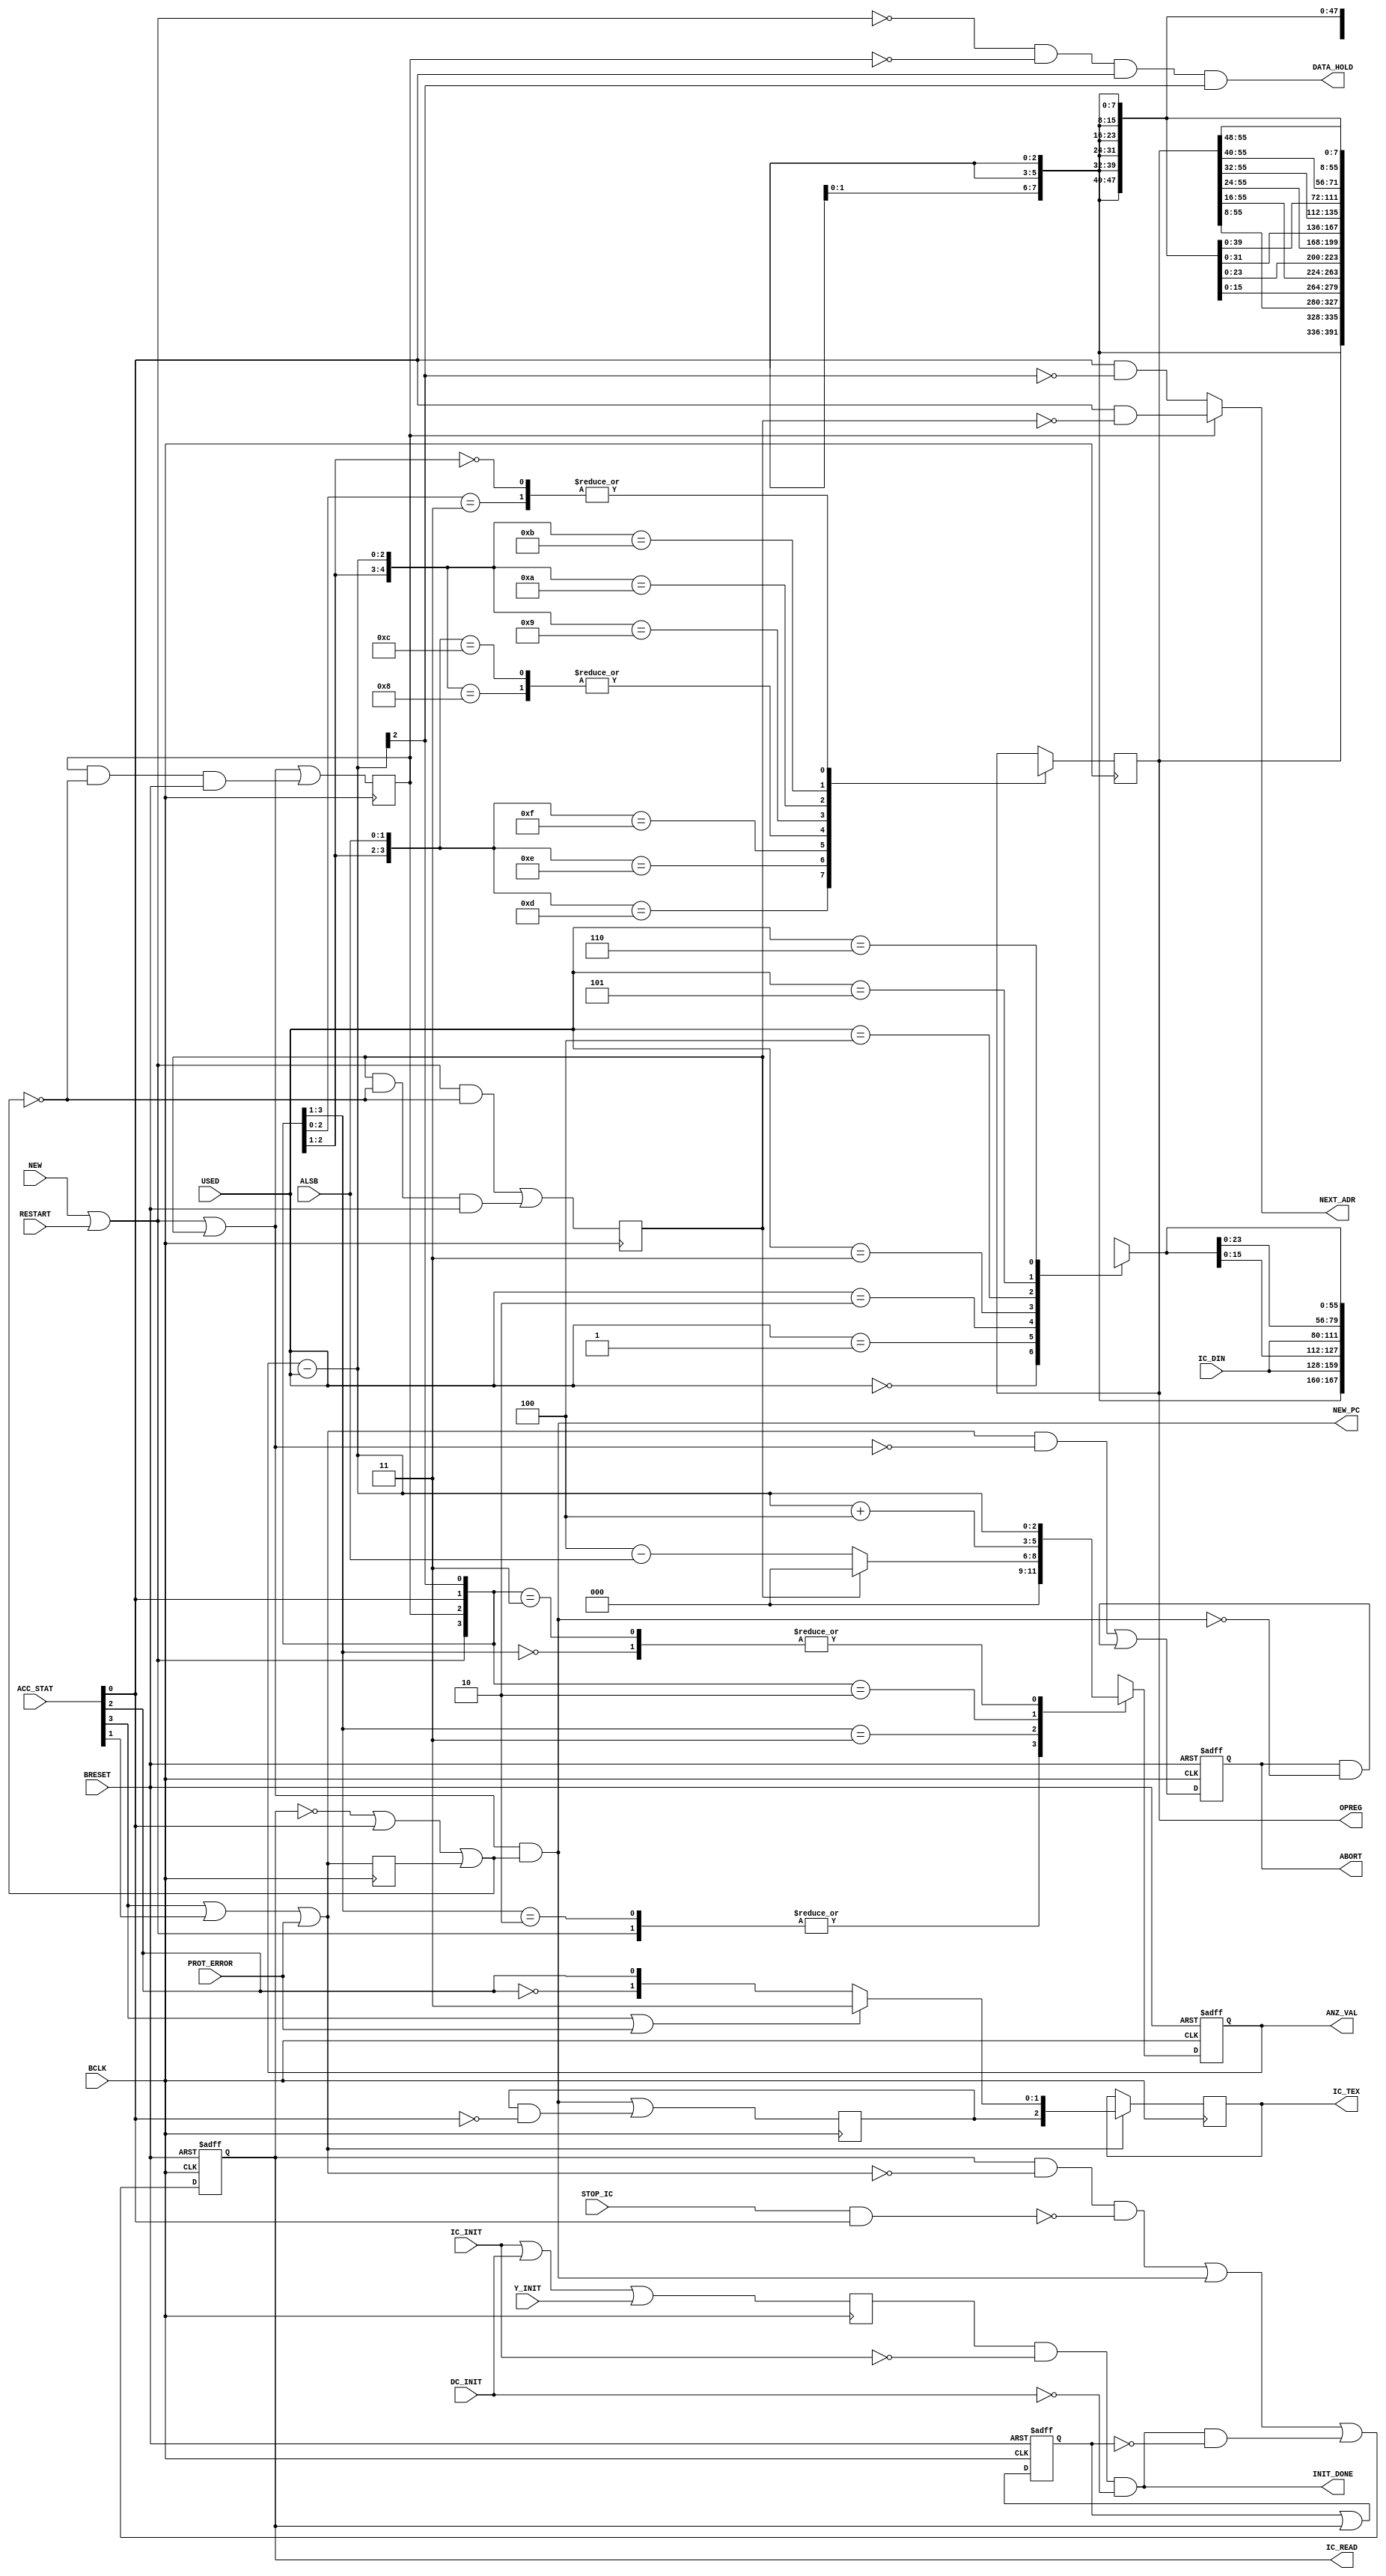
// +++++++++++++++++++++++++++++++++++++++++++++++++++++++++++++++++++++++++++++++++++++++++++++++++
//
// This file is part of the M32632 project
// http://opencores.org/project,m32632
//
//	Version:	2.0
//	History:	1.0 first release of 30 Mai 2015
//
// Copyright (C) 2016 Udo Moeller
// 
// This source file may be used and distributed without 
// restriction provided that this copyright statement is not 
// removed from the file and that any derivative work contains 
// the original copyright notice and the associated disclaimer.
// 
// This source file is free software; you can redistribute it 
// and/or modify it under the terms of the GNU Lesser General 
// Public License as published by the Free Software Foundation;
// either version 2.1 of the License, or (at your option) any 
// later version. 
// 
// This source is distributed in the hope that it will be 
// useful, but WITHOUT ANY WARRANTY; without even the implied 
// warranty of MERCHANTABILITY or FITNESS FOR A PARTICULAR 
// PURPOSE. See the GNU Lesser General Public License for more 
// details. 
// 
// You should have received a copy of the GNU Lesser General 
// Public License along with this source; if not, download it 
// from http://www.opencores.org/lgpl.shtml 
// 
// +++++++++++++++++++++++++++++++++++++++++++++++++++++++++++++++++++++++++++++++++++++++++++++++++
//
//	Modules contained in this file:
//	1. OPDEC_REG 	Central Instruction Register
//	2. PROG_COUNTER	Program Counters
//	3. REG_LIST		Register List Evaluation
//	4. ILL_UNDEF	Illegal and Undefined Opcodes Detection
//	5. GRUPPE_2		Decoder and State Machine for GRUPPE_2 Opcodes
//
// ++++++++++++++++++++++++++++++++++++++++++++++++++++++++++++++++++++++++++++++++++++++++++++++++++

// ++++++++++++++++++++++++++++++++++++++++++++++++++++++++++++++++++++++++++++++++++++++++++++++++++
//
//	1. OPDEC_REG 	Central Instruction Register
//
// ++++++++++++++++++++++++++++++++++++++++++++++++++++++++++++++++++++++++++++++++++++++++++++++++++
module OPDEC_REG ( BCLK, BRESET, NEW, ACC_STAT, PROT_ERROR, ALSB, USED, IC_DIN, IC_INIT, DC_INIT, Y_INIT, RESTART, STOP_IC,
				   OPREG, ANZ_VAL, IC_READ, NEW_PC, NEXT_ADR, DATA_HOLD, ABORT, IC_TEX, INIT_DONE);

	input			BCLK,BRESET;
	input			NEW;		// a program jump took place
	input	 [3:0]	ACC_STAT;	// ICACHE signals data is available or Abort
	input			PROT_ERROR;	// comes direct from ICACHE
	input	 [1:0]	ALSB;		// lower addressbits of access address to ICACHE
	input	 [2:0]	USED;		// Message from DECODER how many bytes were used
	input	[31:0]	IC_DIN;		// ICACHE Data
	input			IC_INIT,DC_INIT,Y_INIT;	// Initialising or new setting is running
	input			RESTART;	// "Break" of Instruction Pipeline - set up new i.e. after load of PSR
	input			STOP_IC;	// For LMR and CINV
	
	output	[55:0]	OPREG;		// this is the Central Opcode Decode Register, length = 7 bytes
	output	 [2:0]	ANZ_VAL;
	output			IC_READ;
	output			NEW_PC;
	output			NEXT_ADR;
	output			DATA_HOLD;
	output			ABORT;
	output	 [2:0]	IC_TEX;
	output			INIT_DONE;
	
	reg		[55:0]	OPREG;
	reg		 [2:0]	ANZ_VAL;
	reg				IC_READ;
	reg				ABORT;
	reg				abort_flag;
	reg		 [2:0]	IC_TEX;
	reg		[55:0]	data_to_ri;
	reg				old_init;
	reg				pre_new;
	reg				new_reg;
	reg				nseq_flag;
	reg				stop_init;
	
	wire	 [2:0]	new_anz;
	wire			new_restart;
	wire			acc_err,acc_ok,acc_ende;
	
	// ++++++++++++++++++++  Evaluation of ACC_STAT from Instructioncache  ++++++++++++++++++++++++++++
	
	// ACC_STAT[3:0] : PROT_ERROR , ABO_LEVEL1 , ABORT , ACC_OK
	
	assign acc_err = ACC_STAT[3] | ACC_STAT[1] | PROT_ERROR;
	assign acc_ok  = ACC_STAT[0];
	
	always @(posedge BCLK or negedge BRESET)	// is kept until DECODER really needs the data !
		if (!BRESET) ABORT <= 1'b0;
		  else ABORT <=  (acc_err & ~(new_restart | pre_new)) | (ABORT & ~NEW_PC);
		  
	always @(posedge BCLK) if (acc_err) IC_TEX <= (ACC_STAT[3] | PROT_ERROR) ? {nseq_flag,2'b11} : {nseq_flag,~ACC_STAT[2],ACC_STAT[2]};
	
	always @(posedge BCLK) nseq_flag <= NEW_PC | (nseq_flag & ~acc_ok);	// for MMU Status Register

	always @(posedge BCLK) abort_flag <= acc_err;
	assign acc_ende = ~IC_READ | acc_ok | abort_flag;	// abort_flag one cycle later is ok ! If no ICache access always end
	
	assign new_restart = NEW | RESTART;	// They are pulses
	
	// Branch work out : NEW/RESTART notice if access still not ended
	always @(posedge BCLK) pre_new <= (new_restart & ~acc_ende) | (pre_new & ~acc_ende & BRESET);
	
	assign NEW_PC = (new_restart | pre_new) & acc_ende;	// At the end of access geenerate new address !
	
	// There are 2 "NEW/RESTART" : "new_restart" combinatorical out of DECODER, "pre_new" out of Register
	always @(posedge BCLK) new_reg <= new_restart | pre_new | (new_reg & ~acc_ende & BRESET);
	
	always @(USED or OPREG)	// Data first shift to the right
		case (USED)
		  3'b000 : data_to_ri = OPREG;
		  3'b001 : data_to_ri =               { 8'hxx, OPREG[55:8]};
		  3'b010 : data_to_ri =             {16'hxxxx,OPREG[55:16]};
		  3'b011 : data_to_ri =          {24'hxx_xxxx,OPREG[55:24]};
		  3'b100 : data_to_ri =        {32'hxxxx_xxxx,OPREG[55:32]};
		  3'b101 : data_to_ri =     {40'hxx_xxxx_xxxx,OPREG[55:40]};
		  3'b110 : data_to_ri =   {48'hxxxx_xxxx_xxxx,OPREG[55:48]};
		  3'b111 : data_to_ri = 56'hxx_xxxx_xxxx_xxxx;
		endcase

	assign new_anz = ANZ_VAL - USED;

	always @(posedge BCLK)
		casex ({new_reg,acc_ok,ALSB,new_anz})	
		  7'b1_100_xxx : OPREG <=        {24'hxx_xxxx,IC_DIN};
		  7'b1_101_xxx : OPREG <=      {32'hxxxx_xxxx,IC_DIN[31:8]};
		  7'b1_110_xxx : OPREG <=   {40'hxx_xxxx_xxxx,IC_DIN[31:16]};
		  7'b1_111_xxx : OPREG <= {48'hxxxx_xxxx_xxxx,IC_DIN[31:24]};
		  7'b0_0xx_xxx : OPREG <= data_to_ri;
		  7'b0_1xx_000 : OPREG <= {24'hxx_xxxx,IC_DIN};
		  7'b0_1xx_001 : OPREG <= {   16'hxxxx,IC_DIN, data_to_ri[7:0]};
		  7'b0_1xx_010 : OPREG <= {      8'hxx,IC_DIN,data_to_ri[15:0]};
		  7'b0_1xx_011 : OPREG <= {            IC_DIN,data_to_ri[23:0]};
		  7'b0_1xx_1xx : OPREG <= data_to_ri;
		endcase
		
	always @(posedge BCLK or negedge BRESET)
		if (!BRESET) ANZ_VAL <= 3'b000;
		  else
			casex ({new_restart,new_reg,acc_ok,new_anz[2]})
			  4'b1x_x_x : ANZ_VAL <= 3'b000;	// hard setting to 0
			  4'b01_0_x : ANZ_VAL <= 3'b000;
			  4'b01_1_x : ANZ_VAL <= pre_new ? 3'b000 : 3'b100 - {1'b0,ALSB};
			  4'b00_0_x : ANZ_VAL <= new_anz;
			  4'b00_1_0 : ANZ_VAL <= new_anz + 3'b100;
			  4'b00_1_1 : ANZ_VAL <= new_anz;
			endcase
		
	assign NEXT_ADR = new_reg ? (acc_ok & ~pre_new) : (acc_ok & ~new_anz[2]);	// switches MUX at PC resp. ICACHE

	// Instruction CACHE Control : READ is coming after all INITs are done
	
	always @(posedge BCLK) old_init <= IC_INIT | DC_INIT | Y_INIT;
	
	assign INIT_DONE = old_init & ~IC_INIT & ~DC_INIT;

	always @(posedge BCLK or negedge BRESET)
		if (!BRESET) stop_init <= 1'b0;
			else stop_init <= stop_init | IC_READ;
			
	// The INIT_DONE should come after Reset. But it comes too at LMR PTB therefore extra enable after Reset !
	always @(posedge BCLK or negedge BRESET)
		if (!BRESET) IC_READ <= 1'b0;
			else IC_READ <= (IC_READ & ~acc_err & ~(STOP_IC & acc_ok)) | NEW_PC | (INIT_DONE & ~stop_init);
	
	// The Opcode-Register can not store the data : keep them in ICACHE at IO-access
	assign DATA_HOLD = ~new_restart & ~new_reg & acc_ok & new_anz[2];
	
endmodule

// ++++++++++++++++++++++++++++++++++++++++++++++++++++++++++++++++++++++++++++++++++++++++++++++++++
//
//	2. PROG_COUNTER	Program Counters
//
// ++++++++++++++++++++++++++++++++++++++++++++++++++++++++++++++++++++++++++++++++++++++++++++++++++
module PROG_COUNTER ( BCLK, BRESET, NEW, LOAD_PC, NEW_PC, NEXT_ADR, NEXT_PCA, DISP, PC_NEW, USED, USER, SAVE_PC, FPU_TRAP,
					  ADIVAR, PC_ARCHI, PC_ICACHE, PC_SAVE, ALSB, IC_USER);

	input			BCLK,BRESET;
	input			NEW;
	input			LOAD_PC;
	input			NEW_PC;
	input			NEXT_ADR;
	input			NEXT_PCA;
	input	[31:0]	DISP;
	input	[31:0]	PC_NEW;
	input	 [2:0]	USED;
	input			USER;
	input			SAVE_PC;
	input			FPU_TRAP;
	input			ADIVAR;
	
	output	[31:0]	PC_ARCHI;	// goes to Datapath
	output	[31:0]	PC_ICACHE;
	output	[31:0]	PC_SAVE;	// is the return address
	output	 [1:0]	ALSB;
	output			IC_USER;
	
	reg		[31:0]	PC_ARCHI;
	reg		[31:0]	pc_adduse;
	reg		[31:0]	pc_ic_reg;
	reg		[31:0]	fpu_trap_pc;
	reg				IC_USER;
	
	wire	[31:0]	branch,pc_jump,pc_icache_i;
	
	assign PC_SAVE = pc_adduse + {29'h0,USED};
	assign branch  = PC_ARCHI + DISP;
	
	assign pc_jump = LOAD_PC ? PC_NEW : branch;
	
	always @(posedge BCLK or negedge BRESET)
		if (!BRESET) pc_adduse <= 32'h0;
		  else
			pc_adduse <= NEW ? pc_jump : PC_SAVE;	// Only at NEW is the DISP correct !
			
	// The Architectur - PC : Address mode "Programm Memory"-relativ
	// no BRESET because NEXT_PCA is immediately valid
	always @(posedge BCLK)
		if (FPU_TRAP) PC_ARCHI <= fpu_trap_pc;	// go back !
		  else
			if (NEXT_PCA) PC_ARCHI <= pc_adduse;
	
	always @(posedge BCLK) if (SAVE_PC) fpu_trap_pc <= PC_ARCHI;	// Special storage for PC for FPU Trap
	
	always @(posedge BCLK or negedge BRESET)
		if (!BRESET) pc_ic_reg <= 32'h0;
		  else
			pc_ic_reg <= pc_icache_i;
		
	// NEW is only one cycle long - but in pc_adduse is the PC stored when ACC_OK is not there and therefore NEW_PC
	// is used to initiate a new access in ICACHE
	assign pc_icache_i = NEW_PC ? (NEW ? pc_jump : pc_adduse) : (NEXT_ADR ? ({pc_ic_reg[31:2],2'b00} + 32'h0000_0004) : pc_ic_reg);
	
	// This MUX is extra for LMR IVAR,... and CINV build in
	assign PC_ICACHE = {(ADIVAR ? PC_NEW[31:4] : pc_icache_i[31:4]),pc_icache_i[3:0]};
	
	assign ALSB = pc_ic_reg[1:0];	// for OPDEC_REG
	
	// The IC_USER flag is allowed to switch synchronously with one cycle delay to PC_ICACHE
	always @(posedge BCLK or negedge BRESET)
		if (!BRESET) IC_USER <= 1'b0;
		  else
			if (NEW_PC) IC_USER <= USER;
	
endmodule

// ++++++++++++++++++++++++++++++++++++++++++++++++++++++++++++++++++++++++++++++++++++++++++++++++++
//
//	3. REG_LIST		Register List Evaluation
//
// ++++++++++++++++++++++++++++++++++++++++++++++++++++++++++++++++++++++++++++++++++++++++++++++++++
module REG_LIST ( DIN, IPOS, INIT, OPOS, VALID);

	// Detects set bits in register list for SAVE/RESTORE & ENTER/EXIT

	input	 [7:0]	DIN;
	input	 [2:0]	IPOS;
	input			INIT;
	output	 [2:0]	OPOS;
	output			VALID;
	
	reg		 [7:1]	filter;
	wire	 [7:0]	mdat_0;
	wire	 [3:0]	mdat_1;

	always @(IPOS or DIN)
		case (IPOS)
		  3'd0 : filter =  DIN[7:1];
		  3'd1 : filter = {DIN[7:2],1'b0};
		  3'd2 : filter = {DIN[7:3],2'b0};
		  3'd3 : filter = {DIN[7:4],3'b0};
		  3'd4 : filter = {DIN[7:5],4'b0};
		  3'd5 : filter = {DIN[7:6],5'b0};
		  3'd6 : filter = {DIN[7]  ,6'b0};
		  3'd7 : filter =           7'b0;
		endcase
		
	assign mdat_0  = INIT ? DIN : {filter,1'b0};
	assign OPOS[2] = (mdat_0[3:0] == 4'h0);
	assign mdat_1  = OPOS[2] ? mdat_0[7:4] : mdat_0[3:0];
	assign OPOS[1] =   (mdat_1[1:0] == 2'b00);
	assign OPOS[0] = ~((mdat_1[2:1] == 2'b10) | mdat_1[0]);
	assign VALID   =   (mdat_1 != 4'b0000);
	
endmodule
		  
// ++++++++++++++++++++++++++++++++++++++++++++++++++++++++++++++++++++++++++++++++++++++++++++++++++
//
//	4. ILL_UNDEF	Illegal and Undefined Opcodes Detection
//
// ++++++++++++++++++++++++++++++++++++++++++++++++++++++++++++++++++++++++++++++++++++++++++++++++++
module ILL_UNDEF (OPREG, ANZ_VAL, USER, CFG, ILL, UNDEF );

	input	[23:0]	OPREG;
	input	 [2:0]	ANZ_VAL;
	input	 [3:1]	CFG;		// 3=CUSTOM,2=MMU,1=FPU
	input			USER;
	
	output	reg		ILL;
	output			UNDEF;

	reg				undef_opc;
	reg				undef_am;
	reg				undef_im;
	
	wire	 [2:0]	valid;
	wire			gen12,gen22,gen13,gen23;
	wire			igen12,igen22,igen13,igen23;
	wire			lsbes;
	
	parameter udef_amode = 5'b10011;	// Undefined Addressing Mode
	parameter imode		 = 5'b10100;	// Immediate Addressing Mode 
	
	// [2]= minimum 3, [1]= minimum 2, [0]=minimum 1
	assign valid = {(ANZ_VAL[2] | (ANZ_VAL[1:0] == 2'b11)),(ANZ_VAL[2:1] != 2'b00),(ANZ_VAL != 3'b000)};
	assign lsbes = (OPREG[1:0] == 2'b10);	// Tag of all 3 Byte opcodes
	
	// +++++++++++++++++++++++++  Detect illegale opcodes  +++++++++++++++++++
	
	always @(OPREG or lsbes or valid or USER)
		casex ({valid[2:1],OPREG[13:2],lsbes})
		  15'bx1_xx_x000_1x10_11_0 : ILL = USER;	// SPRi/LPRi DCR
		  15'bx1_xx_x001_xx10_11_0 : ILL = USER;	// SPRi/LPRi BPC/DSR
		  15'bx1_xx_xx10_xx10_11_0 : ILL = USER;	// SPRi/LPRi CAR/CFG/PSR
		  15'bx1_xx_x101_1x10_11_0 : ILL = USER;	// SPRi/LPRi USP
		  15'bx1_xx_x111_0x10_11_0 : ILL = USER;	// SPRi/LPRi INTBASE
		  15'bx1_xx_x0x1_0111_11_x : ILL = USER & OPREG[0];	// BICPSRW,BISPSRW
		  15'bx1_00_10xx_0000_11_1 : ILL = USER;	// SETCFG - Achtung : is coded as 2 Byte Opcode 
		  15'b1x_00_xxxx_0001_11_1 : ILL = USER;	// LMR/SMR/RDVAL/WRVAL
		  15'b1x_10_01xx_0001_11_1 : ILL = USER;	// CINV
		  default				   : ILL = 1'b0;
		endcase

	// ++++++++++++++++++++++++ Detect Undefined opcodes  +++++++++++++++
	
	always @(OPREG or lsbes or valid or CFG)
		casex ({valid,OPREG[13:2],lsbes})
		  16'bx1x_xx_xxxx_1111_110 : undef_opc = 1'b1;		// Format 3 : xxx1
		  16'bx1x_xx_x100_0111_110 : undef_opc = 1'b1;		// Format 3 : 1000
		  16'b1xx_1x_xxxx_0000_111 : undef_opc = 1'b1;		// Format 5 : 1xxx
		  16'b1xx_01_xxxx_0000_111 : undef_opc = 1'b1;		// Format 5 : 01xx
		  16'b1xx_01_00xx_0100_111 : undef_opc = 1'b1;		// Format 6 : 0100
		  16'b1xx_10_10xx_x100_111 : undef_opc = 1'b1;		// Format 6/7 : 1010
		  16'b1xx_xx_xxxx_x011_111 : undef_opc = ~CFG[1];	// Format 9/11 : FPU Befehle wie MOVif etc. und ADDf etc.
		  16'b1xx_xx_xxxx_1111_111 : undef_opc = ~CFG[1];	// Format 12 : FPU Befehle wie POLYf etc.
		  16'b1xx_x1_xxxx_0001_111 : undef_opc = 1'b1;		// Format 14 : x1xx 
		  16'b1xx_10_00xx_0001_111 : undef_opc = 1'b1;		// Format 14 : 1000
		  16'b1xx_10_1xxx_0001_111 : undef_opc = 1'b1;		// Format 14 : 101x
		  16'b1xx_00_1xxx_0001_111 : undef_opc = ~CFG[2] | ~OPREG[18];	// Format 14 : LMR/SMR
		  16'b1xx_xx_xxxx_x011_011 : undef_opc = ~CFG[3];	// Format 15.1/15.5 : CUSTOM CCV0, CCAL0 etc.
		  16'b1xx_xx_xxxx_0001_011 : undef_opc = 1'b1;		// Format 15.0 - not yet in, requires HW change
		  16'b1xx_xx_xxxx_x1x1_011 : undef_opc = 1'b1;		// Format 15 : rest
		  16'b1xx_xx_xxxx_1001_011 : undef_opc = 1'b1;		// Format 15.4
		// completely undefined :
		  16'bxx1_xx_xxxx_0111_111 : undef_opc = 1'b1;		// Format 10
		  16'bxx1_xx_xxxx_100x_111 : undef_opc = 1'b1;		// Format 13/18
		  16'bxx1_xx_xxxx_x101_111 : undef_opc = 1'b1;		// Format 16/17
		  16'bxx1_xx_xxxx_xxx0_011 : undef_opc = 1'b1;		// Format 19
		  default				   : undef_opc = 1'b0;
		endcase

	// 2. Undefined Addressing mode 5'b10011
	
	assign gen12 = (OPREG[15:11] == udef_amode);
	assign gen22 = (OPREG[10:6]  == udef_amode);
	assign gen13 = (OPREG[23:19] == udef_amode);
	assign gen23 = (OPREG[18:14] == udef_amode);
	
	always @(OPREG or valid or gen12 or gen22 or gen13 or gen23)
		if (valid[2] && (OPREG[7:5] != 3'b000) && (OPREG[3:0] == 4'b1110)) undef_am = gen13 | gen23;	// nearly all 3 Byte opcodes
		  else
		    undef_am = valid[1] & gen12 & (OPREG[1:0] != 2'b10) & ((OPREG[3:2] != 2'b11) & gen22);	// all 2 Byte opcodes
		
	// 3. When is Immediate not allowed ?
	
	assign igen12 = (OPREG[15:11] == imode);
	assign igen22 = (OPREG[10:6]  == imode);
	assign igen13 = (OPREG[23:19] == imode);
	assign igen23 = (OPREG[18:14] == imode);
	
	always @(*)
		casex ({valid[2:1],OPREG[13:2],lsbes})
		  15'bx1_xxxxxx_x0xx11_0 : undef_im =  igen12 & (OPREG[5:4] != 2'b01);	// Format 2 : ADDQD,SPR,Scond
		  15'bx1_xxxxxx_x10111_0 : undef_im =  igen12;		// Format 2 : ACB,MOVQ
		  15'bx1_xxxxx0_011111_0 : undef_im =  igen12;		// Format 3 : CXPD,JUMP,JSR
		  15'bx1_xxxxxx_xxxxx0_0 : undef_im =  igen22;		// Format 4
		  15'bx1_xxxxxx_xxxx01_0 : undef_im = (igen12 & (OPREG[5:4] == 2'b10))	// Format 4 : SRC1 - not ADDR
											 |(igen22 & (OPREG[5:4] != 2'b00)); // Format 4 : SRC2 - CMP
		  15'b1x_xxxxxx_x10011_1 : undef_im =  igen23;		// Format 6+7
		  15'b1x_xxx0xx_0x1011_1 : undef_im =  igen13 | igen23;	// Format 8 EXT,CVTP
		  15'b1x_xxx0xx_101011_1 : undef_im =  igen23;		// Format 8 : INS
		  15'b1x_xxx0xx_111011_1 : undef_im =  igen13;		// Format 8 : CHECK
		  15'b1x_xxx1xx_101011_1 : undef_im =  igen13 | igen23;	// Format 8 MOVUS,MOVSU
		  15'b1x_xxx1xx_011011_1 : undef_im =  igen23;		// Format 8 : FFS
		  15'b1x_xxxxxx_001111_1 : undef_im =  igen23;		// Format 9
		  15'b1x_xxxxxx_101111_1 : undef_im =  igen23 & (OPREG[13:10] != 4'h2);	// Format 10 without CMPf
		  15'b1x_010xxx_111111_1 : undef_im =  igen23;		// Format 12 SCALB+LOGB
		  15'b1x_000xxx_000111_1 : undef_im =  igen13;		// Format 14 RDVAL+WRVAL
		  15'b1x_0011xx_000111_1 : undef_im =  igen13;		// Format 14 SMR
		  default				 : undef_im = 1'b0;
		endcase
		
	// Final Message :
	
	assign UNDEF = undef_opc | undef_am | undef_im;
	
endmodule

// ++++++++++++++++++++++++++++++++++++++++++++++++++++++++++++++++++++++++++++++++++++++++++++++++++
//
//	5. GRUPPE_2		Decoder and State Machine for GRUPPE_2 Opcodes
//
// ++++++++++++++++++++++++++++++++++++++++++++++++++++++++++++++++++++++++++++++++++++++++++++++++++
module GRUPPE_2 ( BCLK, PHASE_0, OPREG, PHASE, SRC_1, SRC_2, REGA1, REGA2, IRRW1, IRRW2, ADRD1, ADRD2, EXR12, EXR22,
				  PHRD1, PHRD2, NXRD1, NXRW2, ACCA, OPERA,
				  STATE_0, STATE_GROUP_50, STATE_GROUP_60 );


	input			BCLK,PHASE_0;
	input	[18:0]	OPREG;
	input	 [3:0]	PHASE;	// nur die 4 LSBs
	// Source 1 & 2 Inputs
	input	 [6:0]	SRC_1,SRC_2,REGA1,REGA2,IRRW1,IRRW2;
	input	[18:0]	ADRD1,ADRD2,EXR12,EXR22;
	input	 [3:0]	PHRD1,PHRD2;
	input	 [3:0]	NXRD1,NXRW2;
	input	 [3:0]	ACCA;	// ACCA = Access type :	0x Register
							//	[3:2] or [1:0]		10 Memory
							//						11 Memory + Index
	input	[10:0]	OPERA;

	output	[66:0]	STATE_0;
	output	[66:0]	STATE_GROUP_50,STATE_GROUP_60;
	
	reg		[66:0]	STATE_GROUP_50,STATE_GROUP_60;
	reg		[66:0]	STATE_0,state_50,state_53,state_54,state_55,state_58,state_59,state_5A;
	reg		 [4:0]	op_code,op_reg_reg;
	reg		 [7:0]	phsrc1,phsrc2;
	reg		 [5:0]	chkreg;
	reg		 [1:0]	bwdreg;
	reg				tbit_flag,size_dw;
	reg				inss_flag;
	reg				ext_tos;
	
	wire	[18:0]	exoffset,re_wr,rexwr;
	wire	[10:0]	op_kust,op_bwd;
	wire	 [7:0]	phchk;
	wire	 [4:0]	op_reg;
	wire	 [6:0]	src_1l,src_2l;
	wire	 [5:0]	dest_2;
	wire	 [3:0]	get8b_s,get8b_d;
	wire	 [6:0]	rd_reg;
	wire	[10:0]	op_zext;
	wire	 [3:0]	imdi;
	
	parameter dont_care	= 67'hx_xxxx_xxxx_xxxx_xxxx;
	// Address-Field : Size:2 RD WR LDEA FULLACC INDEX:4 SPUPD disp_val:4 POST CLRMSW SRC2SEL:2
	parameter addr_nop	= 19'h0;	// alle Parameter auf 0
	parameter disp2ea	= 19'bxx_0010_0000_0_0000_0010;	// pass DISP
	parameter case_op	= 19'bxx_0010_1000_0_0000_0001;	// SRC1 add to PC_ARCHI
	parameter read_byb	= 19'b00_1011_11xx_0_0000_0011;	// read of SRC2 for Bit opcodes
	parameter exr11		= {2'b10  ,4'b1011,4'h0 ,9'h080};	// 2. access External with Mem.-Pointer + 4* Disp
	parameter adrcvtp	= 19'bxx_0010_0111_0_0000_0000;	// for CVTP
	parameter addone	= 19'bxx_0010_0100_0_0000_0000;	// for INDEX : SRC1 + SRC2 , simple Add without Flags
	parameter addind	= 19'bxx_0010_0100_0_0000_0011;	// for INDEX : SRC1 + EA
	parameter src_x		= 7'hxx;
	parameter dest_x	= 6'hxx;
	parameter imme		= {1'b1,6'hxx};
	parameter F0		= 7'h20;
	parameter F0_h		= 7'h21;
	parameter w_F0		= 6'h20;
	parameter w_F0_h	= 6'h21;
	parameter temp_l	= 6'h3C;
	parameter temp_h	= 6'h3D;	// Second last place for 8B TEMP Register
	parameter temp_1	= 6'h3E;
	parameter rtmpl		= 7'h3C;
	parameter rtmph		= 7'h3D;
	parameter rtmp1		= 7'h3E;
	parameter op_mov	= {3'bx1x,8'h45};
	parameter op_adr	= {3'bx1x,8'h49};
	parameter op_addl	= {3'b01x,8'hB0};
	parameter op_addf	= {3'b11x,8'hB0};
	parameter op_mull	= {3'b01x,8'hBC};
	parameter op_mulf	= {3'b11x,8'hBC};
	parameter op_stpr	= {3'b11x,8'h54};	// Special-Op for String opcodes
	parameter op_lsh	= {3'b011,8'h65};	// EXT : shift to right : DOUBLE !
	parameter op_msk	= {3'b011,8'h80};	// reuse of EXT Opcode at INS !
	parameter op_mul	= {3'b011,8'h78};	// INDEX
	parameter op_rwv	= {3'bx1x,8'hE0};	// RDVAL+WRVAL

	always @(OPREG)	// whether the Opcode is valid is decided in DECODER !
	  casex (OPREG[13:0])
		14'bxx_xxxx_1111_1110 : op_code = {3'b011,OPREG[10],OPREG[8]};	// DOT/POLY
		14'b00_0xxx_0000_1110 : op_code = 5'b1_0000;	// MOVS/CMPS
		14'b00_11xx_0000_1110 : op_code = 5'b1_0000;	// SKPS
		14'b00_0xxx_1100_1110 : op_code = 5'b1_0001;	// MOVM/CMPM
		14'bxx_xx10_0111_11xx : op_code = 5'b1_0010;	// JUMP/JSR
		14'bxx_x111_0111_11xx : op_code = 5'b1_0011;	// CASE
		14'bxx_xxxx_xx11_010x : op_code = 5'b1_0100;	// TBIT
		14'bxx_xxxx_xx11_0111 : op_code = 5'b1_0100;	// TBIT
		14'b0x_1xxx_0100_1110 : op_code = 5'b1_0100;	// CBIT/SBIT
		14'b11_10xx_0100_1110 : op_code = 5'b1_0100;	// IBIT
		14'b00_11xx_1100_1110 : op_code = 5'b1_0101;	// EXTS
		14'b10_x1xx_1100_1110 : op_code = 5'b1_0111;	// DEI/MEI
		14'bxx_x0xx_1110_1110 : op_code = 5'b1_1000;	// CHECK
		14'bxx_x0xx_0010_1110 : op_code = 5'b1_1010;	// EXT
		14'bxx_x0xx_1010_1110 : op_code = 5'b1_1011;	// INS
		14'b00_10xx_1100_1110 : op_code = 5'b1_1011;	// INSS, the same like INS !
		14'bxx_x0xx_0110_1110 : op_code = 5'b1_1100;	// CVTP
		14'bxx_x1xx_0010_1110 : op_code = 5'b1_1101;	// INDEX
		14'bxx_x000_0111_11xx : op_code = 5'b1_1110;	// CXPD
		14'b00_0xxx_0001_1110 : op_code = 5'b1_1111;	// RDVAL+WRVAL
		default				  : op_code = 5'b00_xxx;
	  endcase
	
	always @(posedge BCLK) if (PHASE_0) op_reg_reg <= op_code;
	assign op_reg = PHASE_0 ? op_code : op_reg_reg;
	
	always @(PHRD1)	// recode of States
	  casex (PHRD1)
		 4'h5 : phsrc1 = 8'h51;
		 4'h6 : phsrc1 = 8'h52;
		 4'hB : phsrc1 = 8'h53;	// ok, is in default ...
	  default : phsrc1 = 8'h53;
	  endcase
	  
	assign get8b_s = (PHRD1 == 4'hB) ? 4'hC : 4'h0;	// Special case 8B Immeadiate, is used in State 53
	
	always @(PHRD2)	// recode of States
	  casex (PHRD2)
		 4'h5 : phsrc2 = 8'h56;
		 4'h6 : phsrc2 = 8'h57;
		 4'hB : phsrc2 = 8'h58;	// ok, is in default ...
	  default : phsrc2 = 8'h58;
	  endcase
	  
	assign get8b_d = (PHRD2 == 4'hB) ? 4'hC : 4'h0;	// Special case 8B Immeadiate, is used in State 58
	
	assign src_1l = {SRC_1[6:1],1'b0};
	assign src_2l = {SRC_2[6:1],~SRC_2[0]};	// used only for DEI and MEI 
	assign dest_2 =  SRC_2[5:0];
	
	assign phchk = {7'b0101_010,size_dw};	// Phase 54 or 55
	
	assign op_kust = {1'bx,OPERA[9:8],8'h7A};	// Special-Opcode for MOVM/CMPM
	assign op_bwd  = {1'bx,OPERA[9:8],8'h45};	// for CASE and Bit opcodes
	
	assign re_wr   = {EXR22[18:17],4'b0101,4'h0, 9'h003};	// REUSE Address : Write of rmw , top 2 Bits contain size

	always @(posedge BCLK) if (PHASE_0) ext_tos <= (OPREG[18:14] == 5'h17);	// TOS Address mode
	assign rexwr   = {EXR22[18:17],4'b0101,4'h0, ext_tos, 8'h03};	// REUSE Address : Write of rmw , only for EXT and EXTS
	
	always @(posedge BCLK) tbit_flag <= ~OPERA[1];	// due to Timing ...
	always @(posedge BCLK) size_dw	 <=  OPERA[9];

	always @(posedge BCLK) if (PHASE_0) chkreg <= {3'b000,OPREG[13:11]};	// for CHECK
	assign rd_reg = (PHASE_0) ? {4'b0,OPREG[13:11]} : {1'b0,chkreg};	// for read operation at EXT/INS
	
	always @(posedge BCLK) if (PHASE_0) bwdreg <= OPREG[9:8];		// only for INS/INSS !
	assign op_zext = {1'bx,(PHASE_0 ? OPREG[9:8] : bwdreg),8'h76};
	
	always @(posedge BCLK) if (PHASE_0) inss_flag <= OPREG[6];	// Difference INSS to INS
	assign imdi = inss_flag ? 4'h8 : 4'hE;	// read Immediate or Displacement
	assign exoffset = inss_flag ? 19'b10_1011_0000_0_0000_0011 	// Read of SRC2 at INSS
								: 19'b10_1011_1100_0_0000_0011;	// Read of SRC1+Offset at EXT, SRC2+Offset at INS 
	
	always @(*)
	  casex (op_reg) 
		5'b1_0000 :	// MOVS Phase 0 : Entry 1. Pointer "in Page"-test prepare, 2. test for R0=0 , then jump to x'C0
			begin
			  STATE_0  = {	 addr_nop,8'h67, 7'h01, 7'h02, 1'b0,dest_x,op_stpr,	2'b00,2'b00,4'h0  };	// String-Pointer prepare
			  state_50 = dont_care;
			  state_53 = dont_care;
			  state_54 = dont_care;
			  state_55 = dont_care;
			  state_58 = dont_care;
			  state_59 = dont_care;
			  state_5A = dont_care;
			end
		5'b1_0001 :	// MOVM Phase 0 : Entry with test for R0=0 , then jump to x'C0
			begin
			  STATE_0  = {   ADRD1,   phsrc1,src_x, REGA1, 1'b0,dest_x,op_mov,  2'b00,2'b00,NXRD1 };
			  state_50 = {   ADRD1,   phsrc1,IRRW1, REGA1, 1'b0,dest_x,op_mov,  2'b00,2'b00,NXRD1 };
			  state_53 = {   ADRD2,   phsrc2,IRRW2, REGA2, 1'b1,temp_h,op_adr,  2'b00,2'b00,NXRW2 };
			  state_54 = dont_care;
			  state_55 = dont_care;
			  state_58 = {	 disp2ea, 8'h65, src_x, src_x, 1'b1,temp_1,op_adr,  2'b00,2'b00,4'b1110 };	// Read of DISP for count
			  state_59 = {	 addr_nop,8'h67, rtmph, rtmp1, 1'b0,dest_x,op_stpr,	2'b00,2'b00,4'h0  };	// String-Pointer prepare
			  state_5A = dont_care;
			end
		5'b1_0010 :	// JUMP/JSR
			begin
			  STATE_0  = {   ADRD1,   phsrc1,src_x, REGA1, 1'b0,dest_x,op_mov,  2'b00,2'b00,NXRD1 };
			  state_50 = {   ADRD1,   phsrc1,IRRW1, REGA1, 1'b0,dest_x,op_mov,  2'b00,2'b00,NXRD1 };
			  state_53 = {   addr_nop,8'h66, src_x, src_x, 1'b1,temp_h,op_adr,  2'b00,2'b00,4'h0  };
			  state_54 = dont_care;
			  state_55 = dont_care;
			  state_58 = dont_care;
			  state_59 = dont_care;
			  state_5A = dont_care;
			end
		5'b1_1110 :	// CXPD
			begin
			  STATE_0  = {   ADRD1,   phsrc1,src_x, REGA1, 1'b0,dest_x,op_mov,  2'b00,2'b00,NXRD1 };
			  state_50 = {   ADRD1,   phsrc1,IRRW1, REGA1, 1'b0,dest_x,op_mov,  2'b00,2'b00,NXRD1 };
			  state_53 = {   addr_nop,8'h6B, imme,  src_x, 1'b1,temp_h,op_mov,  2'b00,2'b00,4'h0  };
			  state_54 = dont_care;
			  state_55 = dont_care;
			  state_58 = dont_care;
			  state_59 = dont_care;
			  state_5A = dont_care;
			end
		5'b1_1111 :	// RDVAL+WRVAL
			begin
			  STATE_0  = {   ADRD1,   phsrc1,src_x, REGA1, 1'b0,dest_x,op_mov,  2'b00,2'b00,NXRD1 };
			  state_50 = {   ADRD1,   phsrc1,IRRW1, REGA1, 1'b0,dest_x,op_mov,  2'b00,2'b00,NXRD1 };
			  state_53 = {   addr_nop,8'h00, src_x, src_x, 1'b0,dest_x,op_rwv,  2'b00,2'b10,4'h0  };	// LD_OUT set because of "F"
			  state_54 = dont_care;
			  state_55 = dont_care;
			  state_58 = dont_care;
			  state_59 = dont_care;
			  state_5A = dont_care;
			end
		5'b1_0011 :	// CASE
			begin
			  STATE_0  = ACCA[3] ?		// _M...
						 {   ADRD1,   phsrc1,src_x, REGA1, 1'b0,dest_x,op_mov,  2'b00,2'b00,NXRD1 }
					   : {	 case_op, 8'h54, SRC_1, src_x, 1'b0,dest_x,op_bwd,	2'b00,2'b00,4'h0  };
			  state_50 = {   ADRD1,   phsrc1,IRRW1, REGA1, 1'b0,dest_x,op_mov,  2'b00,2'b00,NXRD1 };	// only one operand in mem.
			  state_53 = {   case_op, 8'h54, imme,  src_x, 1'b0,dest_x,op_bwd,	2'b00,2'b00,4'h0  };
			  state_54 = {   addr_nop,8'h66, src_x, src_x, 1'b1,temp_h,op_adr,  2'b00,2'b00,4'h0  };
			  state_55 = dont_care;
			  state_58 = dont_care;
			  state_59 = dont_care;
			  state_5A = dont_care;
			end
		5'b1_0100 : // all Bit opcodes with Bit in memory. RMW Test in Phase x'59 = Special case, otherwise x'58
			begin
			  STATE_0  = ACCA[3] ?		// _M...
						 {   ADRD1,   phsrc1,src_x, REGA1, 1'b0,dest_x,op_mov,  2'b00,2'b00,NXRD1 }
					   : {	 addr_nop,8'h54, SRC_1, src_x, 1'b1,temp_h,op_mov,	2'b00,2'b00,4'h0  };
			  state_50 = ACCA[3] ?		// _M...
						 {   ADRD1,   phsrc1,IRRW1, REGA1, 1'b0,dest_x,op_mov,  2'b00,2'b00,NXRD1 }
					   : {	 addr_nop,8'h54, SRC_1, src_x, 1'b1,temp_h,op_mov,	2'b00,2'b00,4'h0  };
			  state_53 = {   addr_nop,8'h54, imme,  src_x, 1'b1,temp_h,op_mov,	2'b00,2'b00,4'h0  };
			  state_54 = {	 ADRD2,   phsrc2,IRRW2, REGA2, 1'b0,dest_x,op_mov,  2'b00,2'b00,NXRW2 };	// here SRC1 => TEMP_H
			  state_55 = dont_care;
			  state_58 = {	 read_byb,8'h59, rtmph, src_x, 1'b0,dest_x,op_bwd,	2'b00,2'b00,4'h1  };	// next read of Byte
			  state_59 = tbit_flag ?
						 {	 addr_nop,8'h00, src_x, imme,  1'b0,dest_x,OPERA,	2'b00,2'b10,4'h0  }		// TBIT end
					   : {	 re_wr,   8'h27, src_x, imme,  1'b0,dest_x,OPERA,	2'b00,2'b10,4'h1  };	// CBIT/SBIT/IBIT end
			  state_5A = dont_care;
			end
		5'b1_0101 : // EXTS : BASE Operand => TEMP, calculate address of Destination
			begin
			  STATE_0  = ACCA[3] ?		// _M...
						 {   ADRD1,   phsrc1,src_x, REGA1, 1'b0,dest_x,op_mov,  2'b00,2'b00,NXRD1 }
					   : {	 addr_nop,8'h54, SRC_1, src_x, 1'b1,temp_h,op_mov,	2'b00,2'b00,4'h0  };
			  state_50 = ACCA[3] ?		// _M...
						 {   ADRD1,   phsrc1,IRRW1, REGA1, 1'b0,dest_x,op_mov,  2'b00,2'b00,NXRD1 }
					   : {	 addr_nop,8'h54, SRC_1, src_x, 1'b1,temp_h,op_mov,	2'b00,2'b00,4'h0  };
			  state_53 = {   addr_nop,8'h54, imme,  src_x, 1'b1,temp_h,op_mov,	2'b00,2'b00,4'h0  };
			  state_54 = ACCA[1] ?
						 {	 ADRD2,   phsrc2,IRRW2, REGA2, 1'b0,dest_x,op_mov,  2'b00,2'b00,NXRW2 }		// here Adr(DEST) => EA
					   : {	 addr_nop,8'h59, src_x, src_x, 1'b0,dest_x,op_mov,	2'b00,2'b00,4'h8  };	// 1 Byte Immediate read
			  state_55 = dont_care;
			  state_58 = {	 addr_nop,8'h59, src_x, src_x, 1'b0,dest_x,op_mov,	2'b00,2'b00,4'h8  };	// 1 Byte Immediate read
			  state_59 = ACCA[1] ?		// _..M.
						 {	 rexwr,   8'h27, imme,  rtmph, 1'b0,dest_x,OPERA,	2'b00,2'b10,4'h1  }		// result in memory
					   : {	 addr_nop,8'h00, imme,  rtmph, 1'b1,dest_2,OPERA,	2'b00,2'b00,4'h0  };	// result in Register
			  state_5A = dont_care;
			end
		5'b1_1010 : // EXT : BASE Operand => TEMP, calculate address of Destination
			begin
			  STATE_0  = ACCA[3] ?		// _M...
						 {   ADRD1,   phsrc1,src_x, REGA1, 1'b0,dest_x,op_mov,  2'b00,2'b00,NXRD1 }
					   : {	 addr_nop,8'h54, SRC_1, src_x, 1'b1,temp_h,op_mov,	2'b00,2'b00,4'h0  };
			  state_50 = ACCA[3] ?		// _M...
						 {   ADRD1,   phsrc1,IRRW1, REGA1, 1'b0,dest_x,op_mov,  2'b00,2'b00,NXRD1 }
					   : {	 addr_nop,8'h54, SRC_1, src_x, 1'b1,temp_h,op_mov,	2'b00,2'b00,4'h0  };
			  state_53 = {   addr_nop,8'h55, src_x, src_x, 1'b0,dest_x,op_mov,	2'b00,2'b00,4'h0  };	// Addr => EA Reg
			  state_54 = ACCA[1] ?
						  ( ACCA[3] ?
						    {addr_nop,8'h5A, imme,  src_x, 1'b1,temp_h,op_mov,	2'b00,2'b00,4'h0  }
						   :{ADRD2,   phsrc2,IRRW2, REGA2, 1'b0,dest_x,op_mov,	2'b00,2'b00,NXRW2 }	)	// here Adr(DEST) => EA
					   : {	 addr_nop,8'h59, rd_reg,(ACCA[3] ? imme : rtmph), 
														   1'b1,temp_h,op_lsh,	2'b00,2'b00,4'hE  };	// Displacement read
			  state_55 = {   exoffset,8'h54, rd_reg,src_x, 1'b0,dest_x,op_mov,	2'b00,2'b00,4'h1  };	// Read Source, EA reuse
			  state_58 = {	 addr_nop,8'h59, rd_reg,rtmph, 1'b1,temp_h,op_lsh,	2'b00,2'b00,4'hE  };	// Displacement read
			  state_59 = ACCA[1] ?		// _..M.
						 {	 rexwr,   8'h27, src_x, rtmph, 1'b0,dest_x,OPERA,	2'b00,2'b10,4'h1  }		// result in memory
					   : {	 addr_nop,8'h00, src_x, rtmph, 1'b1,dest_2,OPERA,	2'b00,2'b00,4'h0  };	// result in Register
			  state_5A = {	 ADRD2,   phsrc2,IRRW2, REGA2, 1'b0,dest_x,op_mov,	2'b00,2'b00,NXRW2 };	// special case Mem-Mem
			end
		5'b1_1011 : // INS/INSS : BASE Operand => TEMP, SRC2 read as Double ! RMW not tested (Phase x'6A) but uncritical
			begin
			  STATE_0  = ACCA[3] ?		// _M...
						 {   ADRD1,   phsrc1,src_x, REGA1, 1'b0,dest_x,op_mov,  2'b00,2'b00,NXRD1 }
					   : {	 addr_nop,8'h54, SRC_1, src_x, 1'b1,temp_h,op_zext, 2'b00,2'b00,4'h0  };
			  state_50 = ACCA[3] ?		// _M...
						 {   ADRD1,   phsrc1,IRRW1, REGA1, 1'b0,dest_x,op_mov,  2'b00,2'b00,NXRD1 }
					   : {	 addr_nop,8'h54, SRC_1, src_x, 1'b1,temp_h,op_zext, 2'b00,2'b00,4'h0  };
			  state_53 = {   addr_nop,8'h54, imme,  src_x, 1'b1,temp_h,op_zext, 2'b00,2'b00,4'h0  };	// zext(SRC1) => TEMP
			  state_54 = ACCA[1] ?
						 {	 ADRD2,   phsrc2,IRRW2, REGA2, 1'b0,dest_x,op_mov,	2'b00,2'b00,NXRW2 }		// here Adr(DEST) => EA
					   : {	 addr_nop,8'h5A, SRC_2, src_x, 1'b1,temp_l,op_mov,	2'b00,2'b00,imdi  };	// Imme./Disp. read
			  state_55 = {   exoffset,8'h6A, rd_reg,src_x, 1'b0,dest_x,op_mov,	2'b00,2'b00,4'h1  };	// Read Source, EA reuse
			  state_58 = {	 addr_nop,8'h55, src_x, src_x, 1'b0,dest_x,op_mov,	2'b00,2'b00,4'h0  };	// 
			  state_59 = ACCA[1] ?		// _..M.
						 {	 re_wr,   8'h27, rtmph, rtmpl, 1'b0,dest_x,OPERA,	2'b00,2'b10,4'h1  }		// result in memory
					   : {	 addr_nop,8'h00, rtmph, rtmpl, 1'b1,dest_2,OPERA,	2'b00,2'b00,4'h0  };	// result in Register
			  state_5A = {	 addr_nop,8'h68, imme,  src_x, 1'b1,temp_1,op_msk,	2'b00,2'b00,4'h0  };	// Mask generate
			end
		5'b1_1101 : // INDEX : 
			begin
			  STATE_0  = ACCA[3] ?		// _M...
						 {   ADRD1,   phsrc1,src_x, REGA1, 1'b0,dest_x,op_mov,  2'b00,2'b00,NXRD1 }
					   : {	 addr_nop,8'h54, SRC_1, src_x, 1'b1,temp_h,op_zext, 2'b00,2'b00,4'h0  };
			  state_50 = ACCA[3] ?		// _M...
						 {   ADRD1,   phsrc1,IRRW1, REGA1, 1'b0,dest_x,op_mov,  2'b00,2'b00,NXRD1 }
					   : {	 addr_nop,8'h54, SRC_1, src_x, 1'b1,temp_h,op_zext, 2'b00,2'b00,4'h0  };
			  state_53 = {   addr_nop,8'h54, imme,  src_x, 1'b1,temp_h,op_zext, 2'b00,2'b00,4'h0  };	// zext(SRC1) => TEMP_H
			  state_54 = ACCA[1] ?
						 {	 ADRD2,   phsrc2,IRRW2, REGA2, 1'b0,dest_x,op_mov,	2'b00,2'b00,NXRW2 }		// zext(SRC2) => TEMP_L
					   : {	 addr_nop,8'h55, SRC_2, src_x, 1'b1,temp_l,op_zext, 2'b00,2'b00,4'h0  };
			  state_55 = {   addr_nop,8'h5A, rd_reg,rtmph, 1'b1,temp_h,op_mul,	2'b00,2'b00,4'h0  };	// Multiplication
			  state_58 = {	 addr_nop,8'h55, imme,  src_x, 1'b1,temp_l,op_zext, 2'b00,2'b00,4'h0  };	// 
			  state_59 = {	 addind,  8'h60, rtmpl, src_x, 1'b0,dest_x,op_mov,	2'b00,2'b00,4'h0  };	// Add of Index in EA
			  state_5A = {	 addone,  8'h59, rd_reg,rtmph, 1'b0,dest_x,op_mov,	2'b00,2'b00,4'h0  };	// Add of EA (=+1)
			end
		5'b1_0111 :	// DEI + MEI , both read 8B from DEST ! RMW critical !
			begin
			  STATE_0  = ACCA[3] ?		// _M...
						 {   ADRD1,   phsrc1,src_x, REGA1, 1'b0,dest_x,op_mov,  2'b00,2'b00,NXRD1 }
					   : {	 addr_nop,8'h54, SRC_1, src_x, 1'b1,temp_h,op_mov,	2'b00,2'b00,4'h0  };
			  state_50 = ACCA[3] ?		// _M...
						 {   ADRD1,   phsrc1,IRRW1, REGA1, 1'b0,dest_x,op_mov,  2'b00,2'b00,NXRD1 }
					   : {	 addr_nop,8'h54, SRC_1, src_x, 1'b1,temp_h,op_mov,	2'b00,2'b00,4'h0  };
			  state_53 = {   addr_nop,8'h54, imme,  src_x, 1'b1,temp_h,op_mov,	2'b00,2'b00,4'h0  };
			  state_54 = ACCA[1] ?
						 {	 ADRD2,   phsrc2,IRRW2, REGA2, 1'b0,dest_x,op_mov,  2'b00,2'b00,NXRW2 }		// here SRC1 => TEMP_H
					   : {	 addr_nop,8'h59, rtmph, SRC_2, 1'b0,dest_x,OPERA,	2'b01,2'b00,4'h0  };	// 1. part of Register
			  state_55 = dont_care;
			  state_58 = size_dw ?
						 {	 addr_nop,8'h59, rtmph, imme,  1'b0,dest_x,OPERA,	2'b01,2'b00,4'h0  }		// D needs 2 accesses
					   : {	 addr_nop,8'h1F, rtmph, imme,  1'b0,dest_x,OPERA,	2'b11,2'b00,4'h0  };	// B+W start at once
			  state_59 = {	 addr_nop,8'h1F, src_x, (ACCA[1] ? imme : src_2l),							// SRC2 = memory or Reg
													   ~ACCA[1],dest_2,OPERA,	2'b10,2'b00,4'h0  };
			  state_5A = dont_care;
			end
		5'b1_1000 :	// CHECK
			begin
			  STATE_0  = {   ADRD1,   phsrc1,src_x, REGA1, 1'b0,dest_x,op_mov,  2'b00,2'b00,NXRD1 };	// No Register !
			  state_50 = {   ADRD1,   phsrc1,IRRW1, REGA1, 1'b0,dest_x,op_mov,  2'b00,2'b00,NXRD1 };
			  state_53 = {   addr_nop,phchk, imme,  src_x, 1'b1,temp_h,op_mov,	2'b00,2'b00,4'h0  };	// No Immediate !
			  state_54 = ACCA[1] ?
						 {	 ADRD2,   phsrc2,IRRW2, REGA2, 1'b0,dest_x,op_mov,  2'b00,2'b00,NXRW2 }	
					   : (  size_dw ?
							{addr_nop,8'h5A, SRC_2, rtmpl, 1'b0,dest_x,OPERA,	2'b00,2'b10,4'h0  }		// Upper Bound - pointer
						  : {addr_nop,8'h00, rtmph, SRC_2, 1'b1,chkreg,OPERA,	2'b00,2'b10,4'h0  } );
			  state_55 = {   addr_nop,8'h54, imme,  src_x, 1'b1,temp_l,op_mov,	2'b00,2'b00,4'h0  };
			  state_58 = size_dw ?
						 {	 addr_nop,8'h59, imme,  src_x, 1'b1,temp_1,op_mov,	2'b00,2'b00,4'h0  }		// here SRC2 => TEMP_1
					   : {	 addr_nop,8'h00, rtmph, imme,  1'b1,chkreg,OPERA,	2'b00,2'b10,4'h0  };
			  state_59 = {	 addr_nop,8'h5A, rtmp1, rtmpl, 1'b0,dest_x,OPERA,	2'b00,2'b10,4'h0  };	// Upper Bound - pointer
			  state_5A = {	 addr_nop,8'h00, rtmph, (ACCA[1] ? rtmp1 : SRC_2),
														   1'b1,chkreg,OPERA,	2'b00,2'b10,4'h0  };	// pointer - Lower Bound
			end
		5'b1_1100 :	// CVTP
			begin
			  STATE_0  = {   ADRD1,   phsrc1,src_x, REGA1, 1'b0,dest_x,op_mov,  2'b00,2'b00,NXRD1 };	// Address
			  state_50 = {   ADRD1,   phsrc1,IRRW1, REGA1, 1'b0,dest_x,op_mov,  2'b00,2'b00,NXRD1 };
			  state_53 = {   addr_nop,8'h54, src_x, src_x, 1'b1,temp_h,op_adr,	2'b00,2'b00,4'h0  };	
			  state_54 = {	 adrcvtp, 8'h73, rtmph, rd_reg,1'b0,dest_x,op_mov,  2'b00,2'b00,4'h0  };	// 8*TEMP+Offset
			  state_55 = dont_care;
			  state_58 = dont_care;
			  state_59 = dont_care;
			  state_5A = dont_care;
			end
		5'b01_100 :	// POLYL
			begin
			  STATE_0  = ACCA[3] ?		// _M...
						 {   ADRD1,   phsrc1,src_x, REGA1, 1'b0,dest_x,op_mov,  2'b00,2'b00,NXRD1 }
					   : {	 addr_nop,8'h54, SRC_1, F0_h,  1'b0,temp_h,op_mull, 2'b01,2'b00,4'h0  };
			  state_50 = ACCA[3] ?		// _M...
						 {   ADRD1,   phsrc1,IRRW1, REGA1, 1'b0,dest_x,op_mov,  2'b00,2'b00,NXRD1 }
					   : {	 addr_nop,8'h54, SRC_1, F0_h,  1'b0,temp_h,op_mull, 2'b01,2'b00,4'h0  };
			  state_53 = {   addr_nop,8'h54, imme,  F0_h,  1'b0,temp_h,op_mull, 2'b01,2'b00,get8b_s };
			  state_54 = {	 addr_nop,8'h64, (ACCA[3] ? imme : src_1l),
													F0,    1'b1,temp_h,op_mull, 2'b10,2'b00,4'h0  };
			  state_55 = dont_care;
			  state_58 = {	 addr_nop,8'h59, imme,  rtmph, 1'b0,dest_x,op_addl, 2'b01,2'b00,get8b_d };
			  state_59 = {	 addr_nop,8'h62, (ACCA[1] ? imme : src_2l),
													rtmpl, 1'b1,w_F0_h,op_addl, 2'b10,2'b00,4'h0  };
			  state_5A = dont_care;
			end			  
		5'b01_101 :	// POLYF
			begin
			  STATE_0  = ACCA[3] ?		// _M...
						 {   ADRD1,   phsrc1,src_x, REGA1, 1'b0,dest_x,op_mov,  2'b00,2'b00,NXRD1 }
					   : {	 addr_nop,8'h55, SRC_1, F0,    1'b0,dest_x,op_mulf, 2'b11,2'b00,4'h0  };
			  state_50 = ACCA[3] ?		// _M...
						 {   ADRD1,   phsrc1,IRRW1, REGA1, 1'b0,dest_x,op_mov,  2'b00,2'b00,NXRD1 }
					   : {	 addr_nop,8'h55, SRC_1, F0,    1'b0,dest_x,op_mulf, 2'b11,2'b00,4'h0  };
			  state_53 = {   addr_nop,8'h55, imme,  F0,    1'b0,dest_x,op_mulf, 2'b11,2'b00,4'h0  };
			  state_54 = ACCA[1] ?
						 {	 ADRD2,   phsrc2,IRRW2, REGA2, 1'b0,dest_x,op_mov,  2'b00,2'b00,NXRW2 }
					   : {	 addr_nop,8'h6E, rtmph, SRC_2, 1'b0,dest_x,op_addf, 2'b11,2'b00,4'h0  };
			  state_55 = {	 addr_nop,8'h54, src_x, src_x, 1'b1,temp_h,op_mulf, 2'b00,2'b00,4'h0  };
			  state_58 = {	 addr_nop,8'h6E, rtmph, imme,  1'b0,dest_x,op_addf, 2'b11,2'b00,4'h0  };
			  state_59 = dont_care;
			  state_5A = dont_care;
			end			  
		5'b01_110 :	// DOTL
			begin
			  STATE_0  = (~ACCA[3] & ~ACCA[1]) ?		// _R.R.
						 {	 addr_nop,8'h59, SRC_1, SRC_2, 1'b0,dest_x,op_mull, 2'b01,2'b00,4'h0  }
					   : (  ACCA[3] ?		// _M...
						    {ADRD1,   phsrc1,src_x, REGA1, 1'b0,dest_x,op_mov,  2'b00,2'b00,NXRD1 }
						  : {ADRD2,   phsrc2,src_x, REGA2, 1'b0,dest_x,op_mov,  2'b00,2'b00,NXRW2 } );
			  state_50 = ACCA[3] ?		// _M...
						 {   ADRD1,   phsrc1,IRRW1, REGA1, 1'b0,dest_x,op_mov,  2'b00,2'b00,NXRD1 }
					   : {   ADRD2,   phsrc2,IRRW2, REGA2, 1'b0,dest_x,op_mov,  2'b00,2'b00,NXRW2 };
			  state_53 = ACCA[1] ?		// _..M.
						 {   addr_nop,8'h54, imme,  src_x, 1'b1,temp_h,op_mov,  2'b00,2'b00,get8b_s }
					   : {	 addr_nop,8'h59, imme,  SRC_2, 1'b0,dest_x,op_mull, 2'b01,2'b00,get8b_s };
			  state_54 = {	 addr_nop,8'h55, imme,  src_x, 1'b1,temp_l,op_mov,  2'b00,2'b00,4'h0  };
			  state_55 = {	 ADRD2,   phsrc2,IRRW2, REGA2, 1'b0,dest_x,op_mov,  2'b00,2'b00,NXRW2 };
			  state_58 = {	 addr_nop,8'h59, (ACCA[3] ? rtmph : SRC_1),		//_M...
													imme,  1'b0,dest_x,op_mull, 2'b01,2'b00,get8b_d };
			  state_59 = {	 addr_nop,8'h5A, (ACCA[3] ? (ACCA[1] ? rtmpl : imme) : src_1l), (ACCA[1] ? imme : src_2l),
														   1'b1,temp_h,op_mull, 2'b10,2'b00,4'h0  };
			  state_5A = {	 addr_nop,8'h61, rtmph, F0_h,  1'b0,temp_h,op_mull, 2'b01,2'b00,4'h0  };
			end			  
		5'b01_111 :	// DOTF
			begin
			  STATE_0  = (~ACCA[3] & ~ACCA[1]) ?		// _R.R.
						 {	 addr_nop,8'h63, SRC_1 ,SRC_2 ,1'b0,dest_x,op_mulf, 2'b11,2'b00,4'h0  }		// opera = MULF
					   : (  ACCA[3] ?		// _M...
						    {ADRD1,   phsrc1,src_x, REGA1, 1'b0,dest_x,op_mov,  2'b00,2'b00,NXRD1 }
						  : {ADRD2,   phsrc2,src_x, REGA2, 1'b0,dest_x,op_mov,  2'b00,2'b00,NXRW2 } );
			  state_50 = ACCA[3] ?		// _M...
						 {   ADRD1,   phsrc1,IRRW1, REGA1, 1'b0,dest_x,op_mov,  2'b00,2'b00,NXRD1 }
					   : {   ADRD2,   phsrc2,IRRW2, REGA2, 1'b0,dest_x,op_mov,  2'b00,2'b00,NXRW2 };
			  state_53 = ACCA[1] ?		// _..M.
						 {   addr_nop,8'h55, imme,  src_x, 1'b1,temp_h,op_mov,  2'b00,2'b00,4'h0  }
					   : {	 addr_nop,8'h63, imme,  SRC_2 ,1'b0,dest_x,op_mulf, 2'b11,2'b00,4'h0  };
			  state_54 = dont_care;
			  state_55 = {	 ADRD2,   phsrc2,IRRW2, REGA2, 1'b0,dest_x,op_mov,  2'b00,2'b00,NXRW2 };
			  state_58 = {	 addr_nop,8'h63, (ACCA[3] ? rtmph : SRC_1),		//_M...
													imme,  1'b0,dest_x,op_mulf, 2'b11,2'b00,4'h0  };
			  state_59 = dont_care;
			  state_5A = dont_care;
			end			  
		default
			begin
			  STATE_0  = dont_care;
			  state_50 = dont_care;
			  state_53 = dont_care;
			  state_54 = dont_care;
			  state_55 = dont_care;
			  state_58 = dont_care;
			  state_59 = dont_care;
			  state_5A = dont_care;
			end
		endcase
		
	always @(*)
	  casex (PHASE)
		 4'h0 : STATE_GROUP_50 = state_50;
		// Phase 51 : wait for data and Disp2 for External Address mode : part 2 EA = (MOD+4)+4*DISP1
		 4'h1 : STATE_GROUP_50 = {exr11,   8'h52, src_x,imme , 1'b0,dest_x,		op_mov,	2'b00,2'b00,	4'b1111};
		// Phase 52 : Memory-Pointer for Memory Relative and last access External
		 4'h2 : STATE_GROUP_50 = {EXR12,   8'h53, IRRW1,imme , 1'b0,dest_x,		op_mov,	2'b00,2'b00,	4'b1111};  // atys[0] !
		 4'h3 : STATE_GROUP_50 = state_53;
		 4'h4 : STATE_GROUP_50 = state_54;
		 4'h5 : STATE_GROUP_50 = state_55;
		// Phase 56 : wait for data and Disp2 for External Address mode : part 2 EA = (MOD+4)+4*DISP1
		 4'h6 : STATE_GROUP_50 = {exr11,   8'h57, src_x,imme , 1'b0,dest_x,		op_mov,	2'b00,2'b00,	4'b1111};
		// Phase 57 : Memory-Pointer for Memory Relative and last access External
		 4'h7 : STATE_GROUP_50 = {EXR22,   8'h58, IRRW2,imme , 1'b0,dest_x,		op_mov,	2'b00,2'b00,	4'b1111};  // atyd[0] !
		 4'h8 : STATE_GROUP_50 = state_58;
		 4'h9 : STATE_GROUP_50 = state_59;
		 4'hA : STATE_GROUP_50 = state_5A;
	  default : STATE_GROUP_50 = dont_care;
	  endcase
	  
	always @(*)
	  casex (PHASE)
		 4'h0 : STATE_GROUP_60 = {	 addr_nop,8'h00, src_x, src_x, 1'b1,chkreg,op_adr,  2'b00,2'b00,4'h0  };	// for INDEX
		 4'h1 : STATE_GROUP_60 = {	 addr_nop,8'h62, rtmpl, F0,    1'b1,w_F0_h,op_addl, 2'b10,2'b00,4'h0  };	// for DOTL
		 4'h2 : STATE_GROUP_60 = {	 addr_nop,8'h00, src_x, src_x, 1'b0,w_F0_h,op_addl, 2'b00,2'b00,4'h0  };	// for DOTL & POLYL !
		 4'h3 : STATE_GROUP_60 = {	 addr_nop,8'h6F, src_x, src_x, 1'b1,temp_h,op_mulf, 2'b00,2'b00,4'h0  };	// for DOTF
		 4'hF : STATE_GROUP_60 = {	 addr_nop,8'h6E, rtmph, F0,    1'b0,dest_x,op_addf, 2'b11,2'b00,4'h0  };
		 4'hE : STATE_GROUP_60 = {	 addr_nop,8'h00, src_x, src_x, 1'b1,w_F0,  op_addf, 2'b00,2'b00,4'h0  };	// for DOTF & POLYF
		 4'h4 : STATE_GROUP_60 = ACCA[1] ?	// ..M.
								 {	 ADRD2,   phsrc2,IRRW2, REGA2, 1'b0,temp_h,op_mull, 2'b00,2'b00,NXRW2 }
							   : {	 addr_nop,8'h59, SRC_2, rtmph, 1'b0,temp_h,op_addl, 2'b01,2'b00,4'h0  };	// for POLYL
		 4'h5 : STATE_GROUP_60 = {	 addr_nop,8'h59, src_x, src_x, 1'b1,temp_l,op_kust, 2'b00,2'b00,4'h0  };	// for MOVM/CMPM
		 4'h6 : STATE_GROUP_60 = {	 addr_nop,8'h01, rtmph, src_x, 1'b0,dest_x,op_mov,	2'b00,2'b00,4'h0  };	// for JUMP/JSR/CASE
		 4'h7 : STATE_GROUP_60 = {	 addr_nop,8'hC0, (op_reg_reg[0] ? rtmpl : 7'h00),							// Jump to String execution
															src_x, 1'b0,dest_x,OPERA,	2'b00,2'b10,4'h0  };	// LD_OUT set, CMPS F-Flag
		// for INS														
		 4'h8 : STATE_GROUP_60 = {	 addr_nop,8'h69, rd_reg,rtmph, 1'b1,temp_h,op_lsh,	2'b00,2'b00,4'h0  };	// SRC1 shift
		 4'h9 : STATE_GROUP_60 = {	 addr_nop,8'h59, rd_reg,rtmp1, 1'b0,dest_x,op_lsh,	2'b00,2'b00,4'h0  };	// Mask shift
		 4'hA : STATE_GROUP_60 = {	 addr_nop,8'h5A, imme,  src_x, 1'b1,temp_l,op_mov,	2'b00,2'b00,imdi  };	// Imme./Disp. read
		// for CXPD, this State is decoded explicitly in DECODER
		 4'hB : STATE_GROUP_60 = {	 addr_nop,8'h39, imme,  src_x, 1'b1,temp_l,op_mov,	2'b00,2'b00,4'h0  };	// pass PC
	  default : STATE_GROUP_60 = dont_care;
	  endcase
	  
endmodule